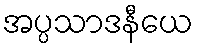
အပ္ပသာဒနီယေ